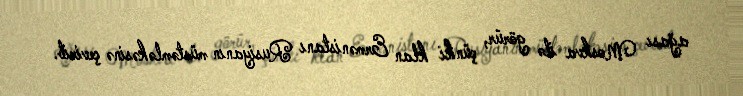
ağası Moskva ilə görür, çünki klan Ermənistanı Rusiyanın müstəmləkəsinə çevirib.